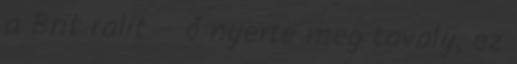
a Brit ralit – ő nyerte meg tavaly, ez